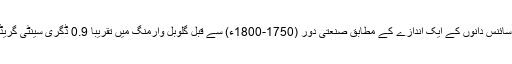
ماحولیاتی سائنس دانوں کے ایک اندازے کے مطابق صنعتی دور (1750-1800ء) سے قبل گلوبل وارمنگ میں تقریباً 0.9 ڈگری سینٹی گریڈاضافہ ہوا۔